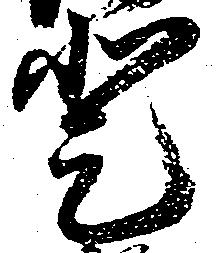
登